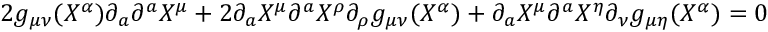
2 g _ { \mu \nu } ( X ^ { \alpha } ) \partial _ { a } \partial ^ { a } X ^ { \mu } + 2 \partial _ { a } X ^ { \mu } \partial ^ { a } X ^ { \rho } \partial _ { \rho } g _ { \mu \nu } ( X ^ { \alpha } ) + \partial _ { a } X ^ { \mu } \partial ^ { a } X ^ { \eta } \partial _ { \nu } g _ { \mu \eta } ( X ^ { \alpha } ) = 0